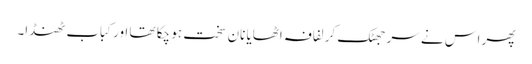
پھر اس نے سر جھٹک کر لفافہ اٹھایا نان سخت ہو چکا تھا اور کباب ٹھنڈا۔